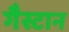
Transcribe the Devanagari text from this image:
गैस्टान